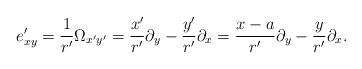
LaTeX: \begin{align*}e_{x y}' = {1 \over r'} \Omega_{x' y'} = {x' \over r'} \partial_y - {y' \over r'} \partial_x = {x - a \over r'} \partial_y - {y \over r'} \partial_x.\end{align*}